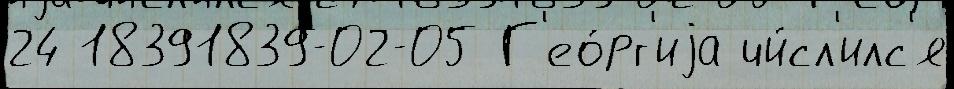
24 18391839-02-05 Г'ео́рг'иjа чи́сл'илс'я